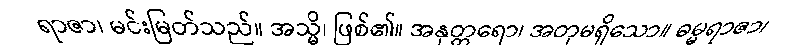
ရာဇာ၊ မင်းမြတ်သည်။ အသ္မိ၊ ဖြစ်၏။ အနုတ္တရော၊ အတုမရှိသော။ ဓမ္မရာဇာ၊